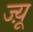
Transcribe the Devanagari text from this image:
ज्य़ू